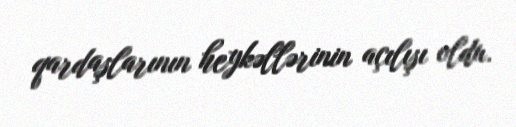
qardaşlarının heykəllərinin açılışı oldu.